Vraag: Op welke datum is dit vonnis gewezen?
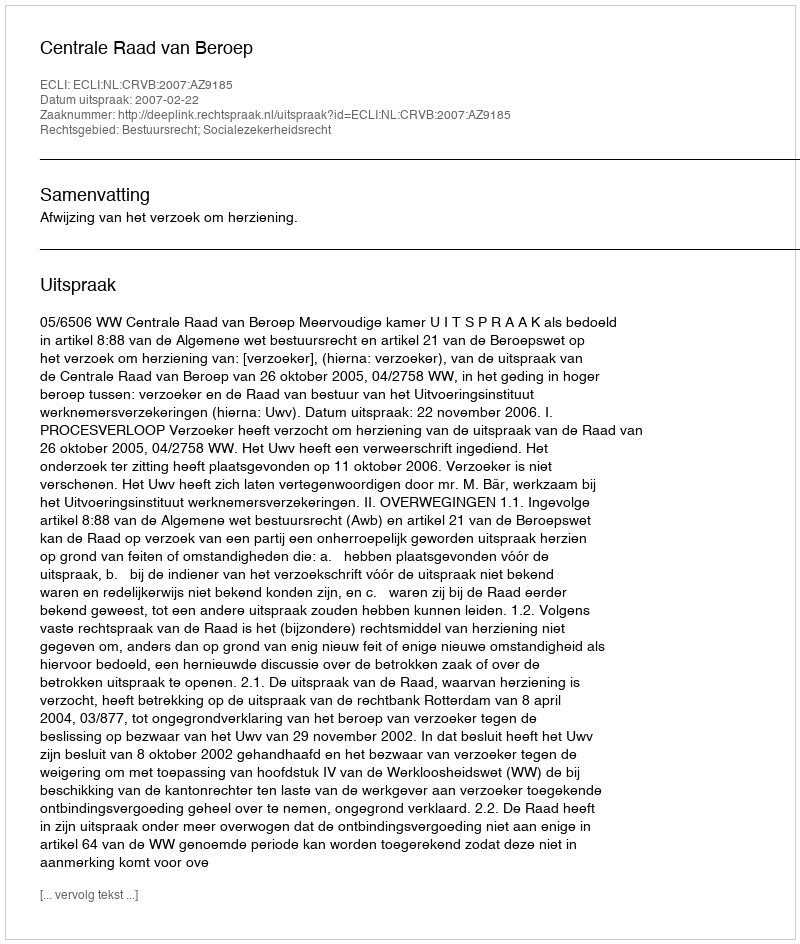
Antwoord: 2007-02-22